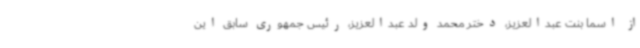
از اسما بنت عبدالعزیز، دختر محمد ولد عبدالعزیز، رئیس جمهوری سابق این